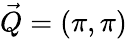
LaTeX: \vec{Q}=(\pi,\pi)